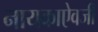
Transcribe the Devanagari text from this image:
नायकाऐवजी